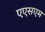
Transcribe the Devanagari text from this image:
एएसएम